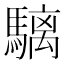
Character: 𩥬